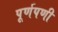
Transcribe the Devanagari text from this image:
पूर्णपणी